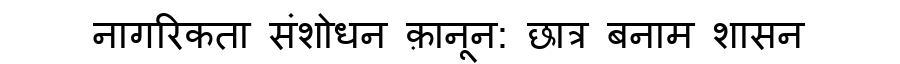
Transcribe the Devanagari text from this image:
नागरिकता संशोधन क़ानून: छात्र बनाम शासन